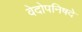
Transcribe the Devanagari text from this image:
वेदोपनिषदे